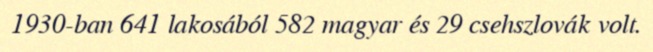
1930-ban 641 lakosából 582 magyar és 29 csehszlovák volt.